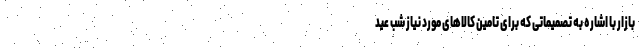
بازار با اشاره به تصمیماتی که برای تامین کالاهای مورد نیاز شب عید